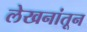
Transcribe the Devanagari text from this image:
लेखनांतून